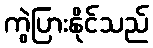
ကွဲပြားနိုင်သည်